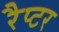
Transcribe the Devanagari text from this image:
रैप्‍टर